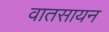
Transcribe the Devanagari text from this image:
वातसायन